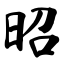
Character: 昭